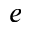
e